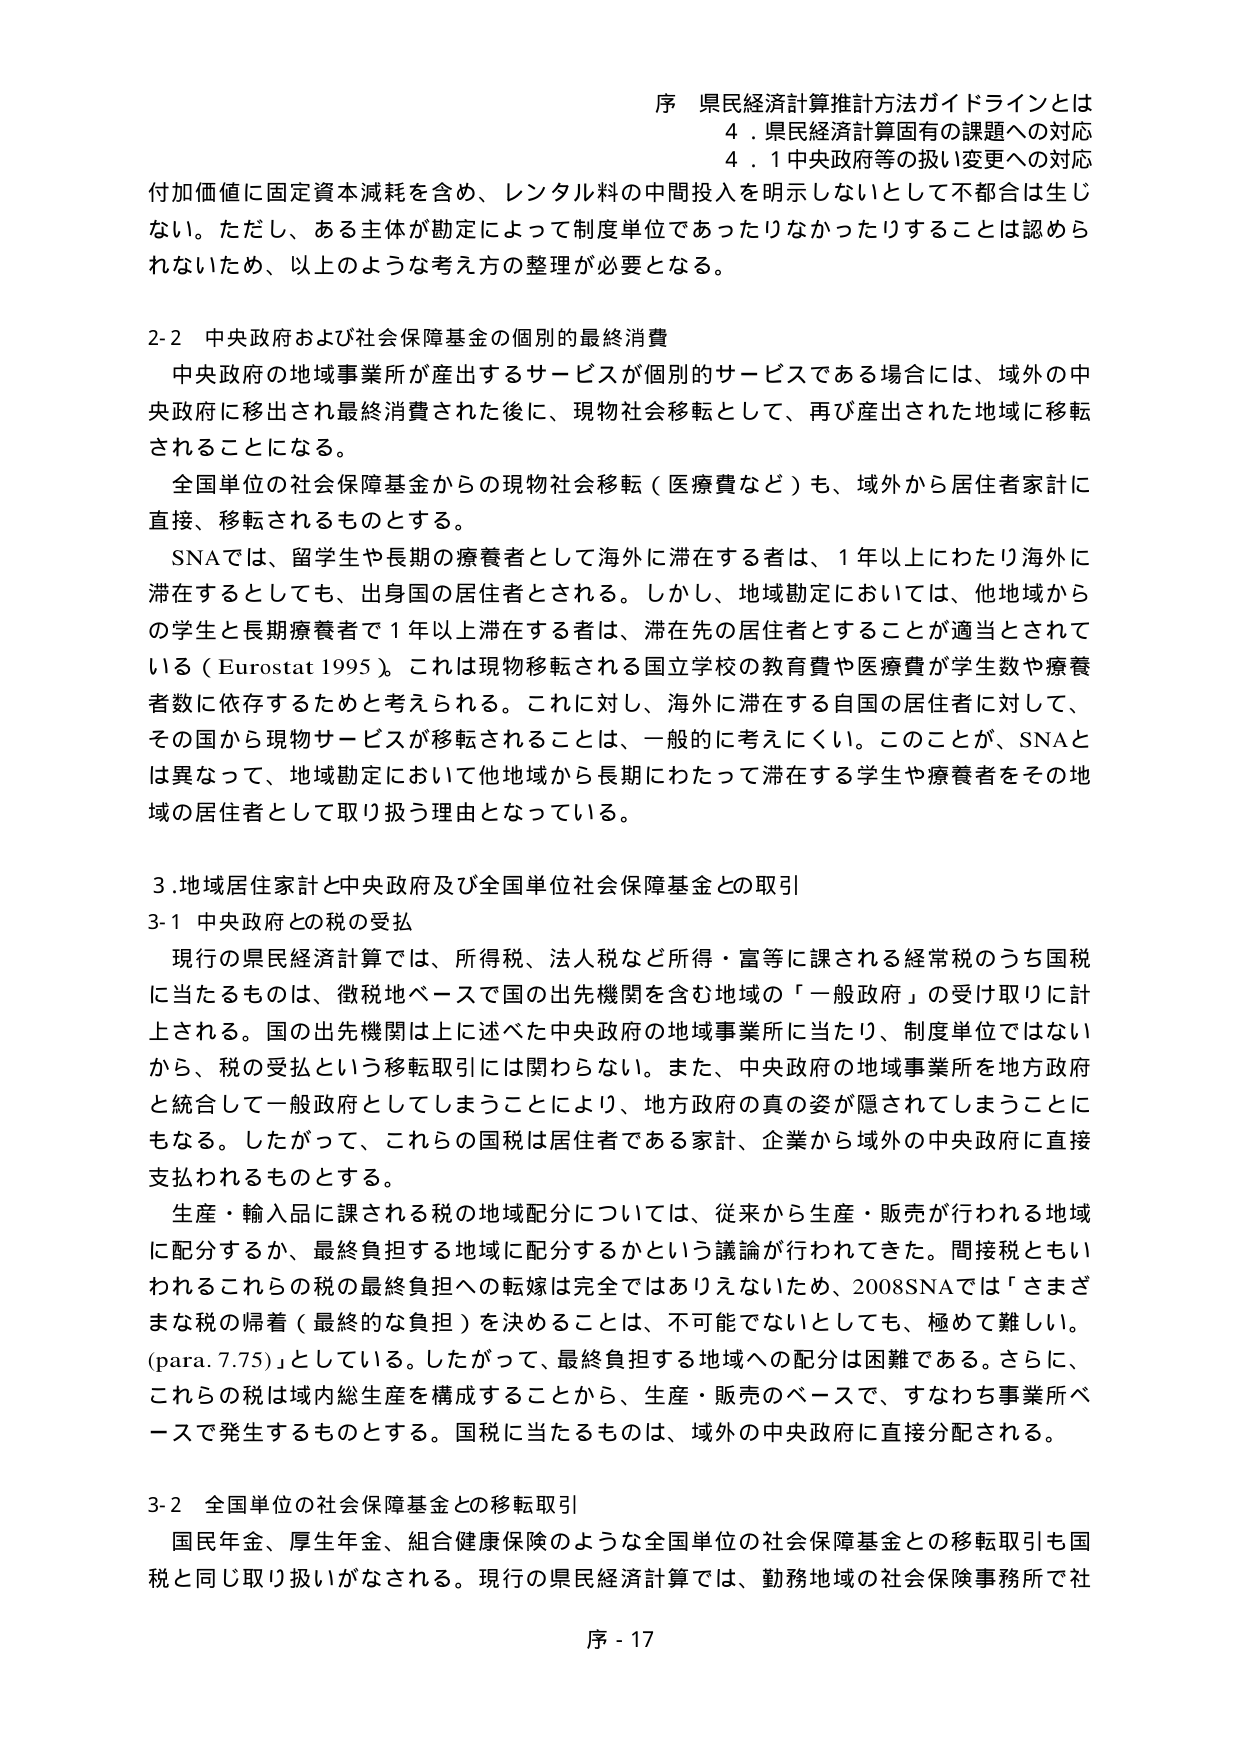
序 県民経済計算推計方法ガイドラインとは
4．県民経済計算固有の課題への対応
4．1 中央政府等の扱い変更への対応

付加価値に固定資本減耗を含め、レンタル料の中間投入を明示しないとして不都合は生じない。ただし、ある主体が勘定によって制度単位であったりなかったりすることは認められないため、以上のような考え方の整理が必要となる。

2-2 中央政府および社会保障基金の個別的最終消費
中央政府の地域事業所が産出するサービスが個別のサービスである場合には、域外の中央政府に移出され最終消費された後に、現物社会移転として、再び産出された地域に移転されることになる。
全国単位の社会保障基金からの現物社会移転（医療費など）も、域外から居住者家計に直接、移転されるものとする。
SNAでは、留学生や長期の療養者として海外に滞在する者は、1年以上にわたり海外に滞在するとしても、出身国の居住者とされる。しかし、地域勘定においては、他地域からの学生と長期療養者で1年以上滞在する者は、滞在先の居住者とすることが適当とされている（Eurostat 1995）。これは現物移転される国立学校の教育費や医療費が学生数や療養者数に依存するためと考えられる。これに対し、海外に滞在する自国の居住者に対して、その国から現物サービスが移転されることは、一般的に考えにくい。このことが、SNAとは異なって、地域勘定において他地域から長期にわたって滞在する学生や療養者をその地域の居住者として取り扱う理由となっている。

3．地域居住家計と中央政府及び全国単位社会保障基金との取引
3-1 中央政府との税の受払
現行の県民経済計算では、所得税、法人税など所得・富等に課される経常税のうち国税に当たるものは、徴税地ベースで国の出先機関を含む地域の「一般政府」の受け取りに計上される。国の出先機関は上に述べた中央政府の地域事業所に当たり、制度単位ではないから、税の受払という移転取引には関われない。また、中央政府の地域事業所を地方政府と統合して一般政府としてしまうことにより、地方政府の真の姿が隠されてしまうことにもなる。したがって、これらの国税は居住者である家計、企業から域外の中央政府に直接支払われるものとする。
生産・輸入品に課される税の地域配分については、従来から生産・販売が行われる地域に配分するか、最終負担する地域に配分するかという議論が行われてきた。間接税ともいわれるこれらの税の最終負担への転嫁は完全ではないため、2008SNAでは「さまざまな税の帰着（最終的な負担）を決めることは、不可能でないとしても、極めて難しい。（para. 7.75）」としている。したがって、最終負担する地域への配分は困難である。さらに、これらの税は域内総生産を構成することから、生産・販売のベースで、すなわち事業所ベースで発生するものとする。国税に当たるものは、域外の中央政府に直接分配される。

3-2 全国単位の社会保障基金との移転取引
国民年金、厚生年金、組合健康保険のような全国単位の社会保障基金との移転取引も国税と同じ取り扱いがなされる。現行の県民経済計算では、勤務地域の社会保険事務所で社

序 - 17